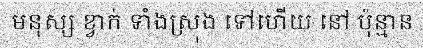
មនុស្ស ខ្វាក់ ទាំងស្រុង ទៅហើយ នៅ ប៉ុន្មាន